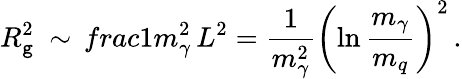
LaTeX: R_{\mathtt{g}}^{2}\ \sim\, frac{1}{m_{\gamma}^{2}}\, L^{2}=\frac{{1}}{{m_{\gamma}^{2}}}\left(\ln\frac{{m_{\gamma}}}{{m_{q}}}\right)^{2}\, .